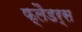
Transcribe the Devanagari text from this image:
फ्लैडर्स